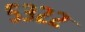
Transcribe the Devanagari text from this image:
५३२२